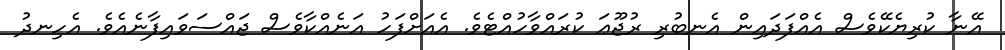
އޭނާ ކުރިޔެކޭވެސް އެއްފަދައިން އެނބުރި ރުޖޫޢަ ކުރައްވާހުއްޓެވެ. އެއަށްފަހު އަނެއްކާވެސް ޖައްސަވައިފާނެއެވެ. އެހިނދު